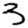
Digit: 3